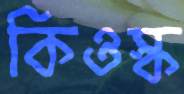
কিওস্ক